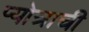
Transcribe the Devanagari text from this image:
प्योत्राची